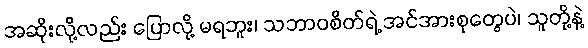
အဆိုးလို့လည်း ပြောလို့ မရဘူး၊ သဘာဝစိတ်ရဲ့ အင်အားစုတွေပဲ၊ သူတို့နဲ့